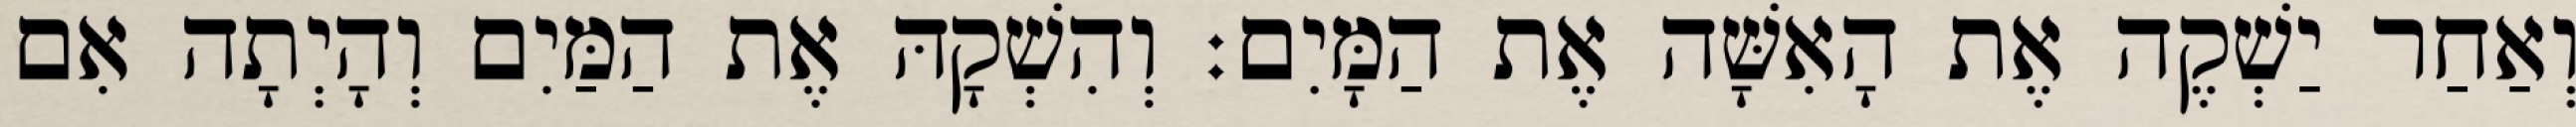
וְאַחַר יַשְׁקֶה אֶת הָאִשָּׁה אֶת הַמָּיִם׃ וְהִשְׁקָהּ אֶת הַמַּיִם וְהָיְתָה אִם